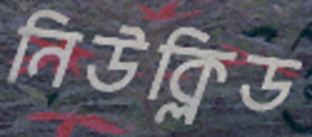
নিউক্লিড